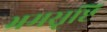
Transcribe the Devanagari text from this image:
भ्रमसृष्टि